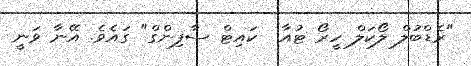
"ރެޑްބުލް ލޯކަލް ހީރޯ ޓުއާ  ކައިޓް ސާފިންގް" ގައެވެ. އޭނާ ވަނީ